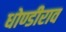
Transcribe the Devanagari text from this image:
धोण्डीराव